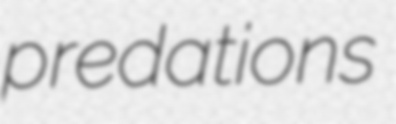
predations